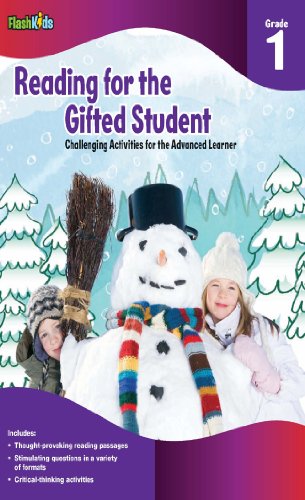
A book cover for Reading for the Gifted Student Grade 1 (For the Gifted Student); Children's Books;